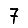
Digit: 7